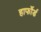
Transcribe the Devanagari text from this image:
हार्फोर्ड